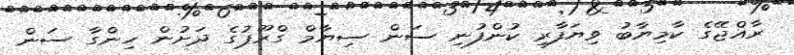
ރާއްޖޭގެ ކާމިޔާބު ވިޔަފާރި ކުންފުނި ސަން ސިޔާމް ގްރޫޕުގެ ދަށުން ހިންގާ ސަން